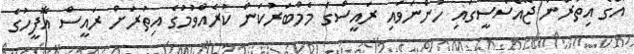
އޭގެ އިތުރުން ޖޭއެސްސީގައި ހުންނަވައި ރައީސްގެ މެމްބަރުކަން ކުރެެއްވުމުގެ އިތުރަށް ރައީސް އޮފީހުގެ